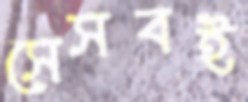
সেসবই